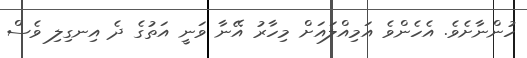
ހުންނާށެވެ. އެހެންވެ އަމިއްލައަށް މިހާރު އޭނާ ވަނީ އަތުގެ ދެ އިނގިލި ވެސް